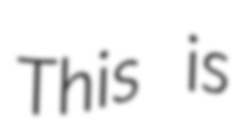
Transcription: This is